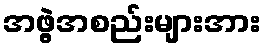
အဖွဲ့အစည်းများအား